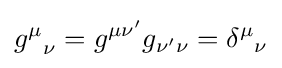
{g^{\mu }}_{\nu }=g^{\mu \nu '}g_{\nu '\nu }={\delta ^{\mu }}_{\nu }